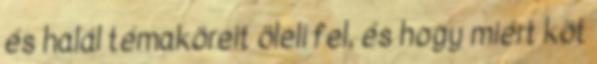
és halál témaköreit öleli fel, és hogy miért köt